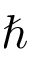
\hbar